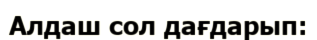
Алдаш сол дағдарып: